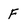
Character: F